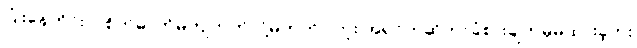
ပြုံးနေတိုင်းလဲစိတ်ဓာတ်မကျတတ်လို့မဟုတ်ပါဘူး အရင်ကဆိုဘာခံစားချက်မှမထားခဲ့ဘူး